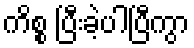
ကိစ္စ ပြီးခဲ့ပါပြီကွာ